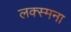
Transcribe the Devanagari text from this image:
लक्स्मना